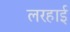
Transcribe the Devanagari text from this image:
लरहाई